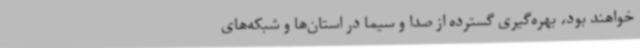
خواهند بود، بهره‌گیری گسترده از صدا و سیما در استان‌ها و شبکه‌های